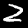
Digit: 2